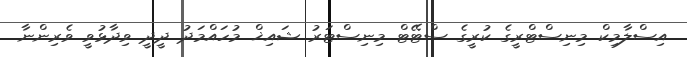
އިސްލާމިކް މިނިސްޓްރީގެ ކުރީގެ ސްޓޭޓް މިނިސްޓަރު ޝައިޚް މުހައްމަދު ދީދީ ވިދާޅުވީ ވެރިންނާ